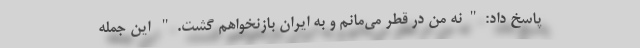
پاسخ داد:"نه من در قطر می‌مانم و به ایران بازنخواهم گشت." این جمله